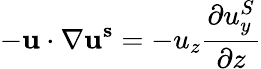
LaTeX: -\mathbf{u}\cdot\nabla\mathbf{u^{s}}=-u_{z}\frac{\partial u_{y}^{S}}{\partial z}